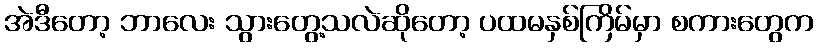
အဲဒီတော့ ဘာလေး သွားတွေ့သလဲဆိုတော့ ပထမနှစ်ကြိမ်မှာ စကားတွေက